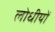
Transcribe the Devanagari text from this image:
लोधीयों